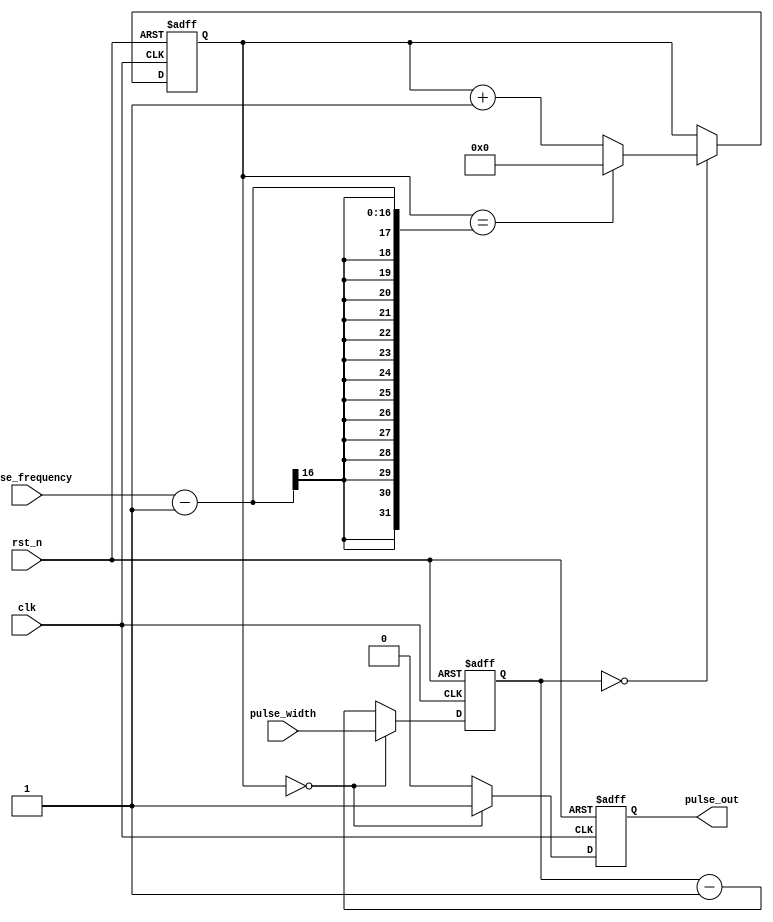
module ProgrammablePulseGenerator (
    input wire clk,             // Clock input
    input wire rst_n,           // Active-low reset input
    input wire [7:0] pulse_width,   // User input for pulse width
    input wire [15:0] pulse_frequency,  // User input for pulse frequency
    output reg pulse_out          // Output signal for generated pulses
);

reg [15:0] counter;
reg [7:0] width_counter;

always @ (posedge clk or negedge rst_n) begin
    if (~rst_n) begin
        counter <= 16'd0;
        width_counter <= 8'd0;
        pulse_out <= 1'b0;
    end else begin
        if (counter == 0) begin
            pulse_out <= 1'b1;
            width_counter <= pulse_width;
        end else begin
            pulse_out <= 1'b0;
            width_counter <= width_counter - 1;
        end

        if (width_counter == 0) begin
            if (counter == pulse_frequency - 1) begin
                counter <= 16'd0;
            end else begin
                counter <= counter + 1;
            end
        end
    end
end

endmodule